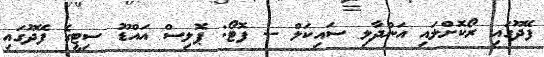
ފޭދޫގައި ރޯކޮށްލައި އަންދާލި ސައިކަލް -- ފޮޓޯ: ޕޮލިސް އައްޑޫ ސިޓީގެ ފޭދޫގައި